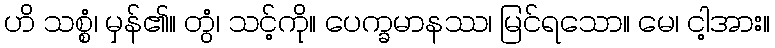
ဟိ သစ္စံ၊ မှန်၏။ တွံ၊ သင့်ကို။ ပေက္ခမာနဿ၊ မြင်ရသော။ မေ၊ ငါ့အား။